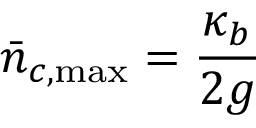
\bar { n } _ { c , \mathrm { m a x } } = \frac { \kappa _ { b } } { 2 g }